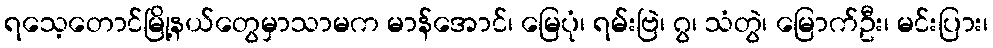
ရသေ့တောင်မြို့နယ်တွေမှာသာမက မာန်အောင်၊ မြေပုံ၊ ရမ်းဗြဲ၊ ဂွ၊ သံတွဲ၊ မြောက်ဦး၊ မင်းပြား၊